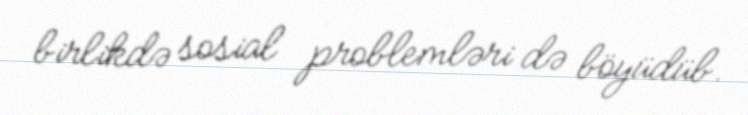
birlikdə sosial problemləri də böyüdüb.